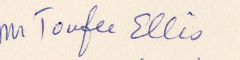
Mr Toufee Ellis